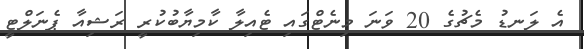
އެ ލަނޑު މެޗުގެ 20 ވަނަ މިނެޓްގައި ޓެއިލާ ކާމިޔާބުކުރީ ރަޝިއާ ޕެނަލްޓީ